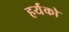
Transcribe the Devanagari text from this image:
हर्यंको